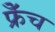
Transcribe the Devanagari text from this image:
फ्रेँच